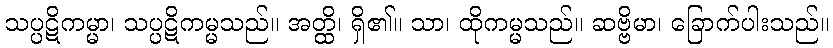
သပ္ပဋိကမ္မာ၊ သပ္ပဋိကမ္မသည်။ အတ္ထိ၊ ရှိ၏။ သာ၊ ထိုကမ္မသည်။ ဆဗ္ဗိမာ၊ ခြောက်ပါးသည်။